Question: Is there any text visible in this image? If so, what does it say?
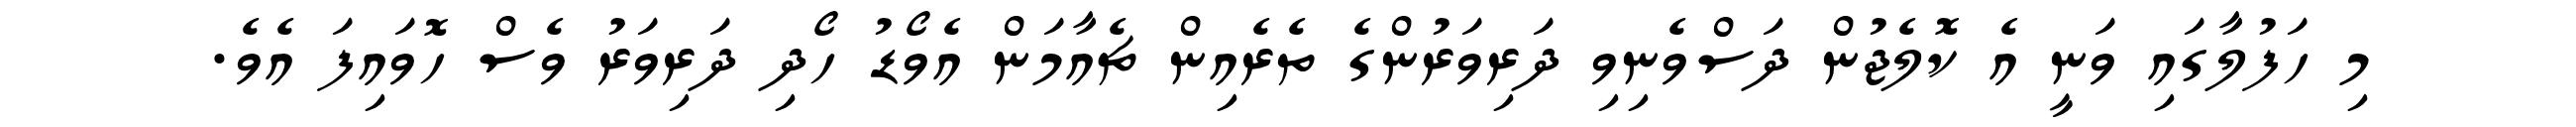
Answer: މި ހަފުލާގައި ވަނީ އެ ކޮލެޖުން ދަސްވެނިވި ދަރިވަރުންގެ ތެރެއިން ޗެއާމަން އެވޯޑު ހޯދި ދަރިވަރު ވެސް ހޮވައިފަ އެވެ.